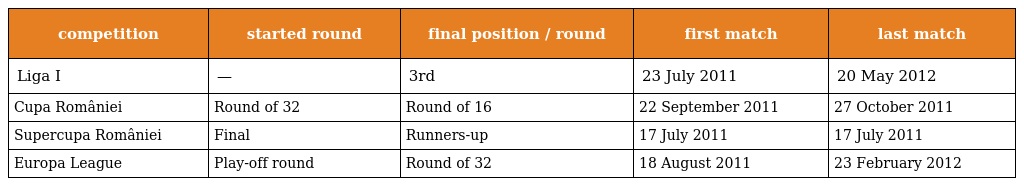
| competition | started round | final position / round | first match | last match |
 | --- | --- | --- | --- | --- |
 | Liga I | — | 3rd | 23 July 2011 | 20 May 2012 |
 | Cupa României | Round of 32 | Round of 16 | 22 September 2011 | 27 October 2011 |
 | Supercupa României | Final | Runners-up | 17 July 2011 | 17 July 2011 |
 | Europa League | Play-off round | Round of 32 | 18 August 2011 | 23 February 2012 |